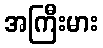
အကြီးမား